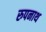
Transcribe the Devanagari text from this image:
रुपनाथ